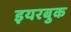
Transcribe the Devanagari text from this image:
इयरबुक